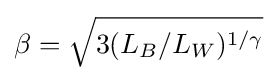
\beta ={\sqrt {3(L_{B}/L_{W})^{1/\gamma }}}